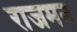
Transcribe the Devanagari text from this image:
राजमन